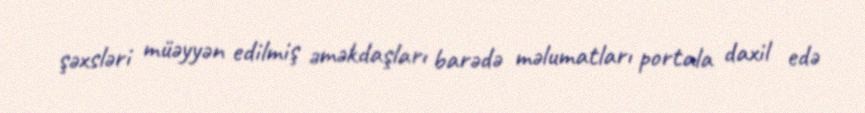
şəxsləri müəyyən edilmiş əməkdaşları barədə məlumatları portala daxil edə